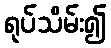
ရုပ်သိမ်း၍